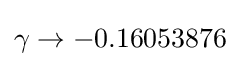
\gamma \rightarrow -0.16053876